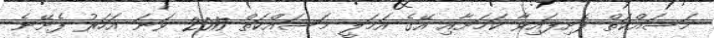
މަސައްކަތް ފެށިފައިވާ ކަމަށާއި އޭގެ އަމަލީ މަސައްކަތް 2017 ވަނަ އަހަރު ފެށޭނެ